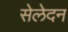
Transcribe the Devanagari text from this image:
सेलेदन